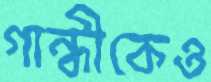
গান্ধীকেও